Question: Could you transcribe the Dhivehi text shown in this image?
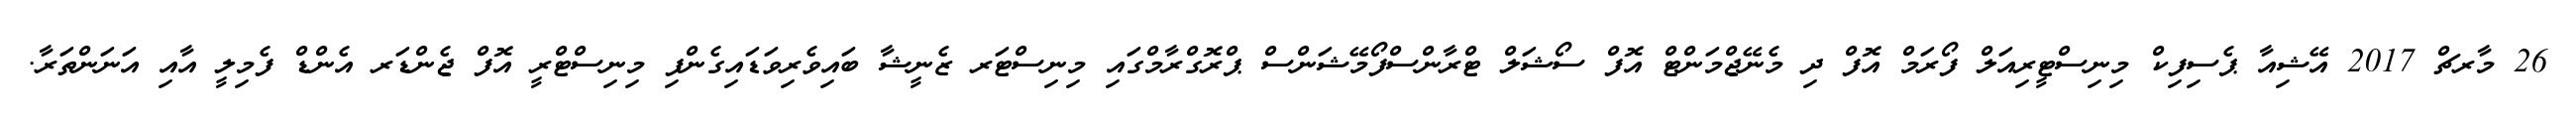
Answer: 26 މާރޗް 2017 އޭޝިއާ ޕެސިފިކް މިނިސްޓީރިއަލް ފޯރަމް އޮފް ދި މެނޭޖްމަންޓް އޮފް ސޯޝަލް ޓްރާންސްފޯމޭޝަންސް ޕްރޮގްރާމްގައި މިނިސްޓަރ ޒެނީޝާ ބައިވެރިވަޑައިގެންފި މިނިސްޓްރީ އޮފް ޖެންޑަރ އެންޑް ފެމިލީ އާއި އަނަންތަރާ.